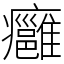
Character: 癰